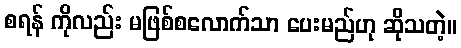
စရန် ကိုလည်း မဖြစ်စလောက်သာ ပေးမည်ဟု ဆိုသတဲ့။